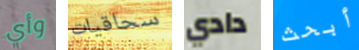
وأي سحاقيات دادي أبحث